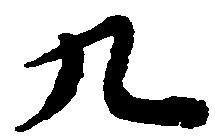
九